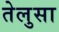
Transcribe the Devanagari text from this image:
तेलुसा